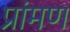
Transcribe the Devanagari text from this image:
प्रांमण